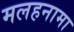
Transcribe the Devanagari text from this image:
मलहनामा